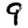
Digit: 9